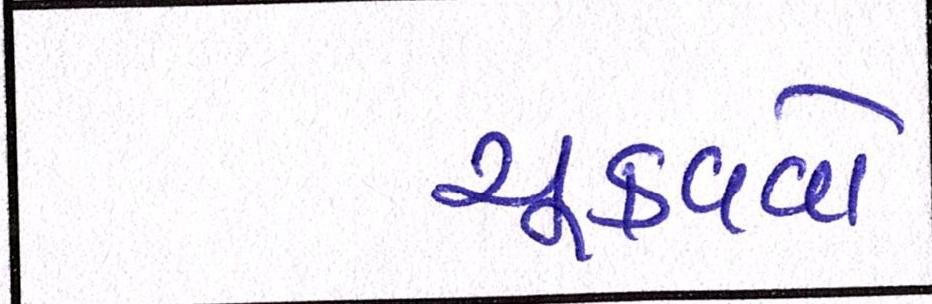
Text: ચૂકવવો